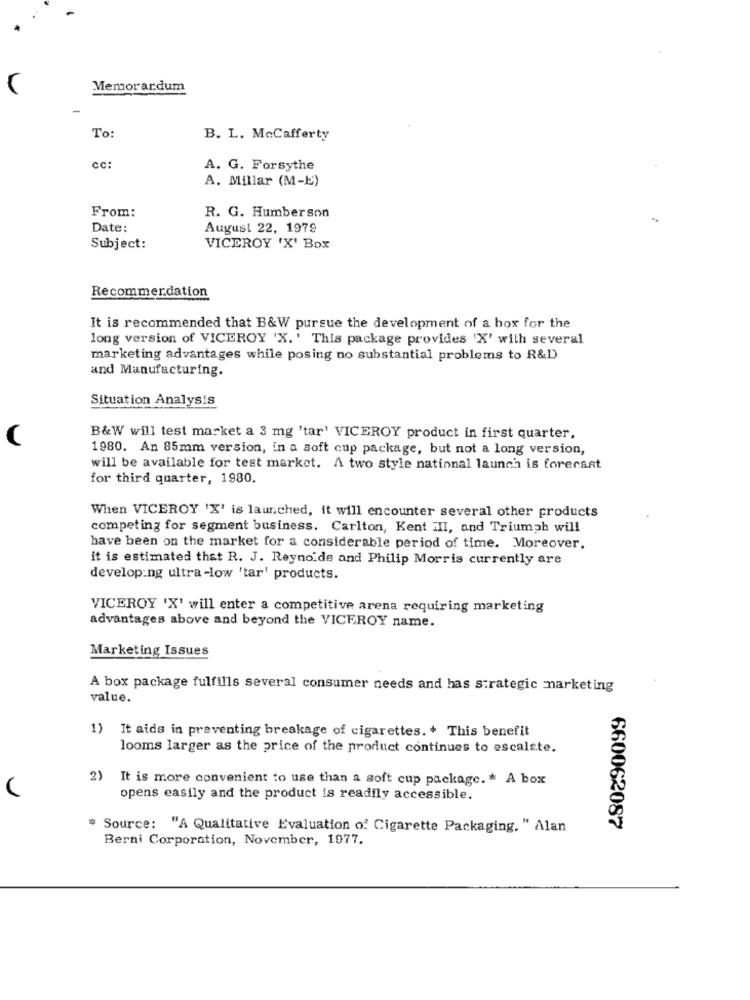
Memorardum
To:
B. L. McCafferty
cc:
A. G. Forsythe
A. Millar (M-E)
From:
R. G. Humberson
Date:
August 22, 1979
Subject:
VICEROY 'X' Box
Recommendation
It is recommended that B&W pursue the development of a hor for the
long version of VICEROY 'X. ' This package provides 'X' with several
marketing advantages while posing no substantial problems to R&D
and Manufacturing.
Situation Analysis
B&W will test market a 3 mg 'tar' VICEROY product in first quarter.
1980. An 85mm version, in a soft cup package, but not a long version,
will be available for test market. A two style national launch is forecast
for third quarter, 1980.
When VICEROY 'X' is launched, it will encounter several other products
competing for segment business. Carlton, Kent III, and Triumph will
have been on the market for a considerable period of time. Moreover.
it is estimated that R. J. Reynolds and Philip Morris currently are
developing ultra-low 'tar' products.
VICEROY 'X' will enter a competitive arena requiring marketing
advantages above and beyond the VICEROY name.
Marketing Issues
A box package fulfills several consumer needs and has strategic marketing
value.
1)
It aids in preventing breakage of cigarettes. + This benefit
looms larger as the price of the product continues to escalste.
2) It is more convenient to use than a soft cup package. * A box
opens easily and the product is readily accessible.
* Source: "A Qualitative Evaluation of Cigarette Packaging. " Alan
660062087
Berni Corporation, November, 1977.